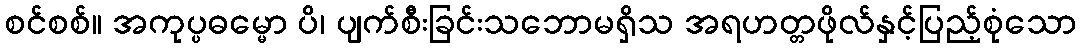
စင်စစ်။ အကုပ္ပဓမ္မော ပိ၊ ပျက်စီးခြင်းသဘောမရှိသ အရဟတ္တဖိုလ်နှင့်ပြည့်စုံသော